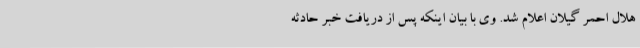
هلال احمر گیلان اعلام شد. وی با بیان اینکه پس از دریافت خبر حادثه